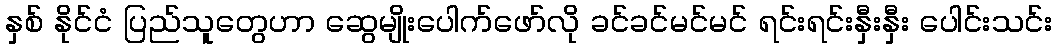
နှစ် နိုင်ငံ ပြည်သူတွေဟာ ဆွေမျိုးပေါက်ဖော်လို ခင်ခင်မင်မင် ရင်းရင်းနှီးနှီး ပေါင်းသင်း